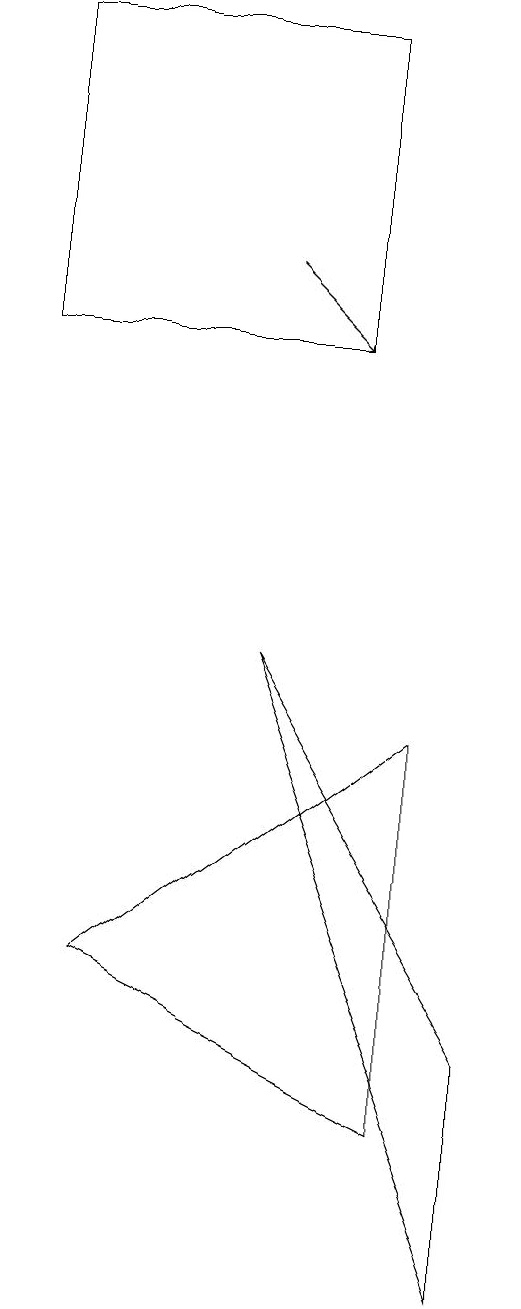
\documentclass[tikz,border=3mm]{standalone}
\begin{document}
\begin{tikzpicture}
\draw (5,8) -- (1,5) -- (5,3) -- cycle;
\draw (4,17) rectangle (0,13);
\draw[->] (3,14) -- (4,13);
\draw (3,9) -- (6,4) -- (6,1) -- cycle;
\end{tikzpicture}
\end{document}